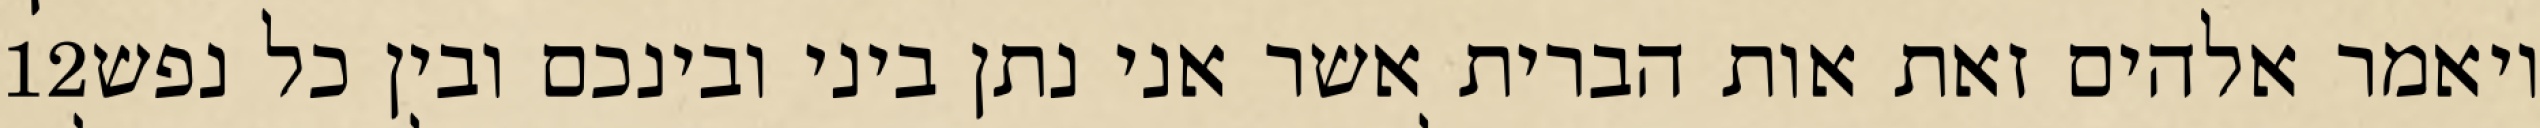
‎12‏ ויאמר אלהים זאת אות הברית אשר אני נתן ביני ובינכם ובין כל נפש